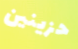
حزينين